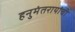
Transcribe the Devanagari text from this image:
हनुमंतरायांची